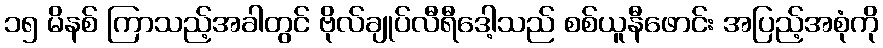
၁၅ မိနစ် ကြာသည့်အခါတွင် ဗိုလ်ချုပ်လီရီဒေါ့သည် စစ်ယူနီဖောင်း အပြည့်အစုံကို